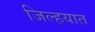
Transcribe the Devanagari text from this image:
जिल्‍हयात